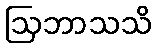
ဩဘာသသိ